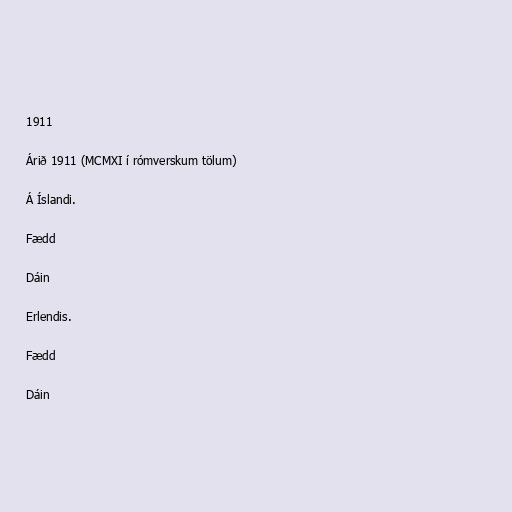
1911

Árið 1911 (MCMXI í rómverskum tölum)

Á Íslandi.

Fædd

Dáin

Erlendis.

Fædd

Dáin